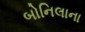
બોનિલાના